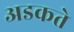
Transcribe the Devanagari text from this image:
अडकते